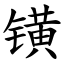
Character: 𨱑